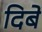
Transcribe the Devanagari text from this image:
दिबे